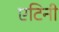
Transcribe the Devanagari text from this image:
एटिनी